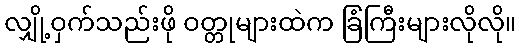
လျှို့ဝှက်သည်းဖို ဝတ္တုများထဲက ခြံကြီးများလိုလို။